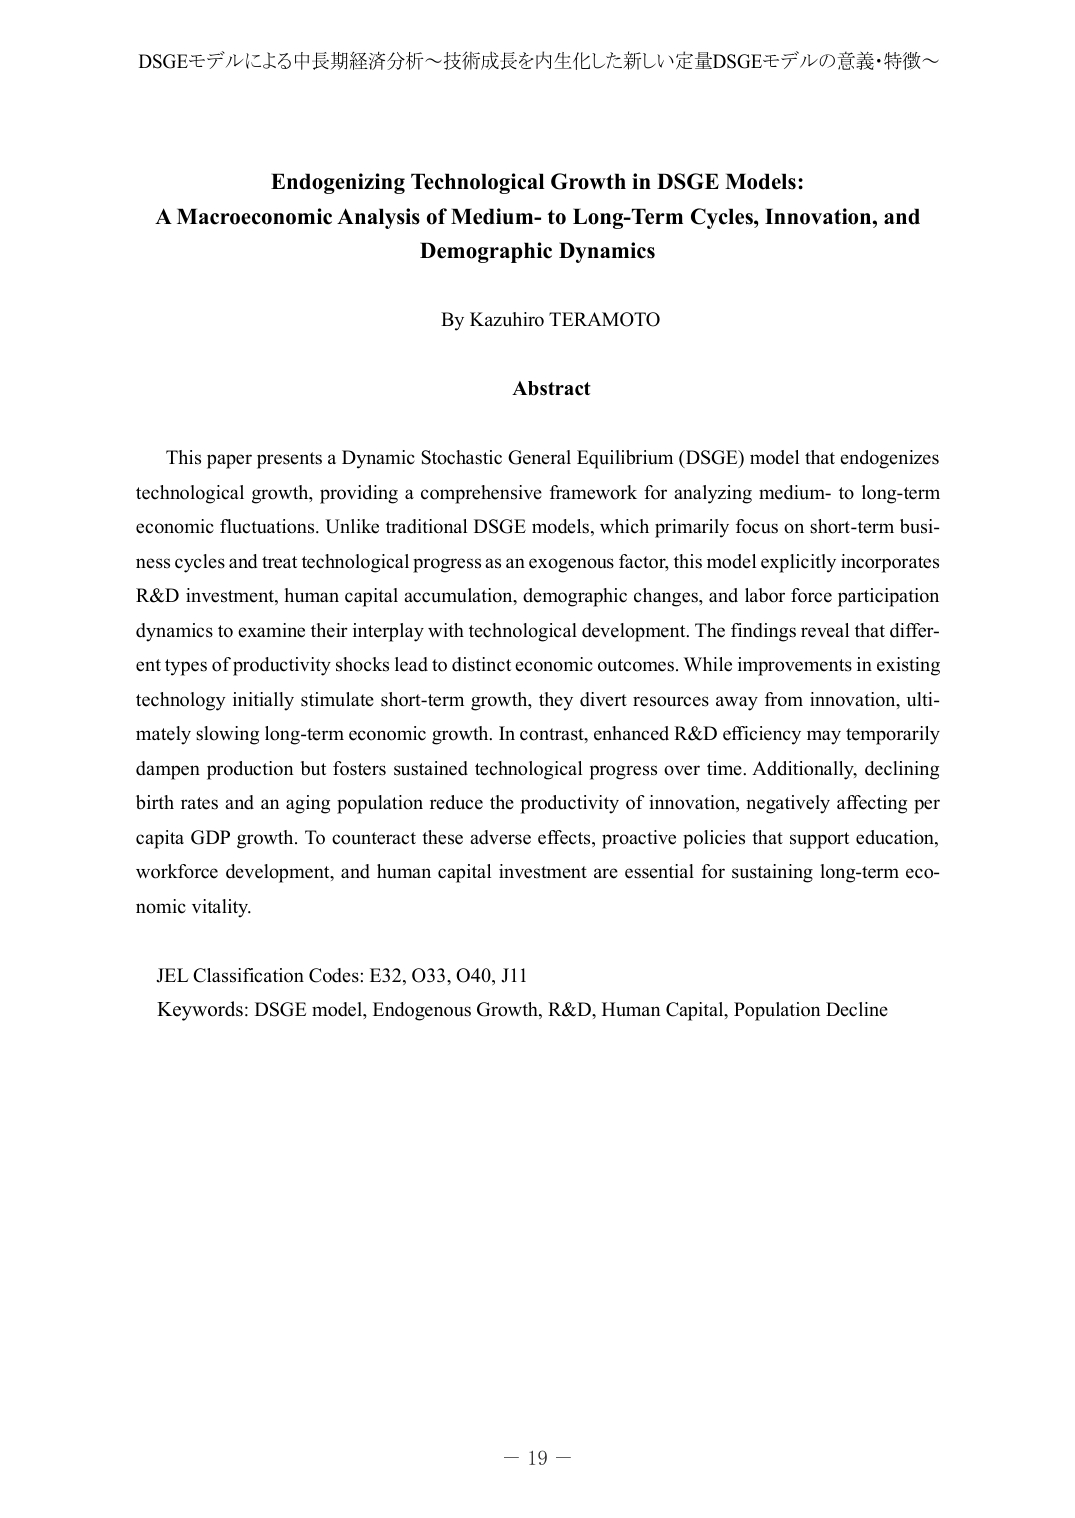
DSGEモデルによる中長期経済分析～技術成長を内生化した新しい定量DSGEモデルの意義・特徴～

Endogenizing Technological Growth in DSGE Models:
A Macroeconomic Analysis of Medium- to Long-Term Cycles, Innovation, and
Demographic Dynamics

By Kazuhiro TERAMOTO

Abstract

This paper presents a Dynamic Stochastic General Equilibrium (DSGE) model that endogenizes technological growth, providing a comprehensive framework for analyzing medium- to long-term economic fluctuations. Unlike traditional DSGE models, which primarily focus on short-term business cycles and treat technological progress as an exogenous factor, this model explicitly incorporates R&D investment, human capital accumulation, demographic changes, and labor force participation dynamics to examine their interplay with technological development. The findings reveal that different types of productivity shocks lead to distinct economic outcomes. While improvements in existing technology initially stimulate short-term growth, they divert resources away from innovation, ultimately slowing long-term economic growth. In contrast, enhanced R&D efficiency may temporarily dampen production but fosters sustained technological progress over time. Additionally, declining birth rates and an aging population reduce the productivity of innovation, negatively affecting per capita GDP growth. To counteract these adverse effects, proactive policies that support education, workforce development, and human capital investment are essential for sustaining long-term economic vitality.

JEL Classification Codes: E32, O33, O40, J11
Keywords: DSGE model, Endogenous Growth, R&D, Human Capital, Population Decline

－ 19 －